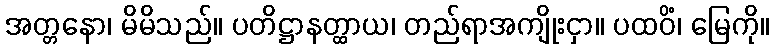
အတ္တနော၊ မိမိသည်။ ပတိဋ္ဌာနတ္ထာယ၊ တည်ရာအကျိုးငှာ။ ပထဝိံ၊ မြေကို။